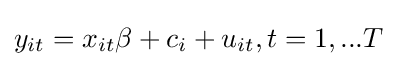
y_{it}=x_{it}\beta +c_{i}+u_{it},t=1,...T